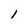
Character: 1